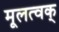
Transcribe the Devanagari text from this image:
मूलत्वक्